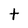
Character: t